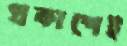
প্রকাশেই